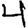
Digit: 4